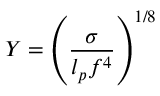
Y = \left( \frac { \sigma } { l _ { p } f ^ { 4 } } \right) ^ { 1 / 8 }